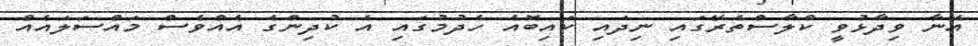
އޭނާ ވިދާޅުވީ ކްލާސްތެރޭގައި ނިދައި ކައިބޮއެ ހެދުމުގައި އެ ކުދިންގެ އެއްވެސް މައްސަލައެއް